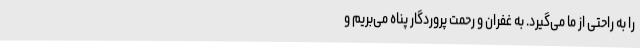
را به راحتی از ما می‌گیرد. به غفران و رحمت پروردگار پناه می‌بریم و